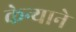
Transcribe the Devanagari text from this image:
केन्याने